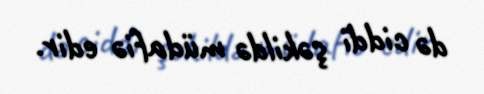
də ciddi şəkildə müdafiə edir.